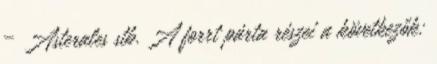
– Asterales stb. A forrt párta részei a következők: